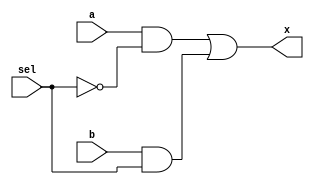
module mux2_1b (
	input a,
	input b,
	input sel,
	output x
);

//add code here
		wire w1,w2,w3;
		
	not u1 (w1, sel);
	and u2(w2,a, w1);
	and u3(w3,b,sel);
	or u4(x,w2,w3);

	
endmodule